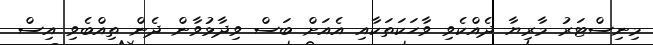
މިނިސްޓަރު މާރިޔާ ދެއްކެވި ވާހަކަތަކާއި އެއަށް ބަސް ވިދާޅުވާން ދެން ތިއްބެވި އިސް